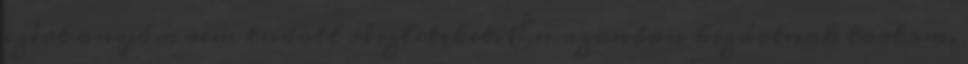
ezért anyám sem tudott részleteket. Én azonban kizártnak tartom,